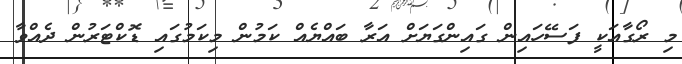
މި ރޯގާއަކީ ފަސޭހައިން ގައިންގަޔަށް އަރާ ބައްޔެއް ކަމުން މިކަމުގައި ޑޮކްޓަރުން ދެއްވާ